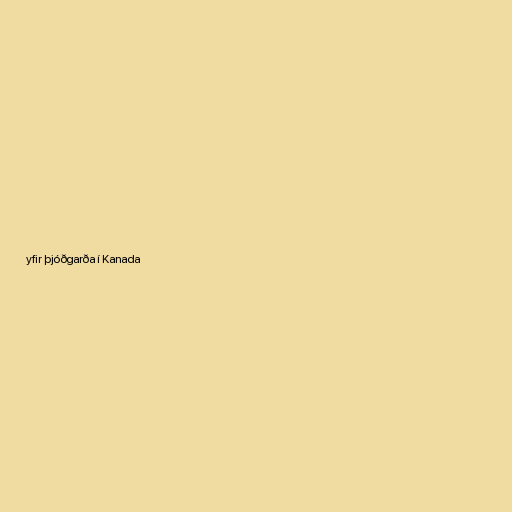
yfir þjóðgarða í Kanada